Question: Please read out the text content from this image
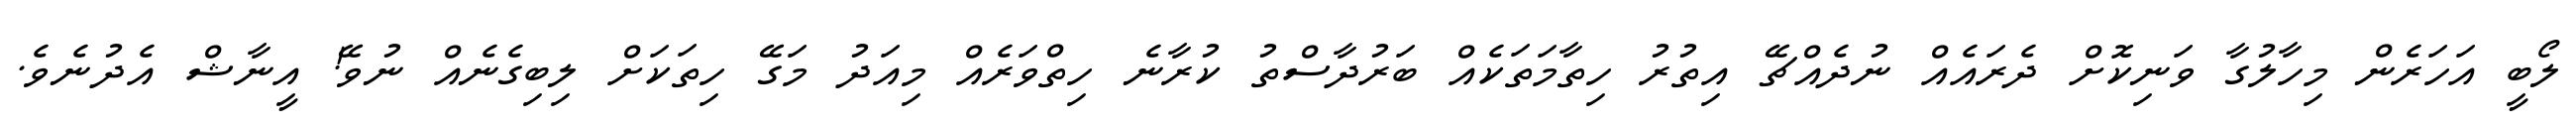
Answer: ލޯބީ އަހަރެން މިހާލުގާ ވަނިކޮށް ދެރައެއް ނުދެއްޗޭ އިތުރު ހިތާމަތަކެއް ބަރުދާސްތު ކުރާނެ ހިތްވަރެއް މިއަދު މަގޭ ހިތަކަށް ލިބިގެނެއް ނުވޭ! އީނާޝް އެދުނެވެ.